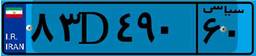
۷۴D۵۸۹۹۰